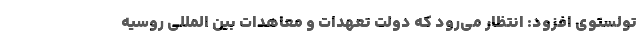
تولستوی افزود: انتظار می‌رود که دولت تعهدات و معاهدات بین المللی روسیه